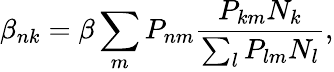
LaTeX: \beta_{nk}=\beta\sum_{m}P_{nm}\frac{P_{km}N_{k}}{\sum_{l}P_{lm}N_{l}},